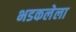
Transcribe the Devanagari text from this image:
भडकलेला